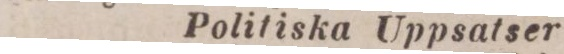
Politiska Uppsatser